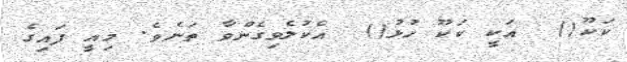
ކަކޫ()  އަކީ ކަކޫ ހުޅު()  އެކުލެވިގެންވާ ތަނެވެ. މިއީ ފައިގެ